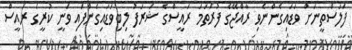
ފަލަސްތީނަށް ވަޑައިގެންނެވި ރާއްޖޭގެ ފުރަތަމަ ރައީސްގެ ޝަރަފު ލިބިވަޑައިގެންފައި ވަނީ ކުރީގެ ރައީސް